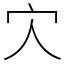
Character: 𡦼